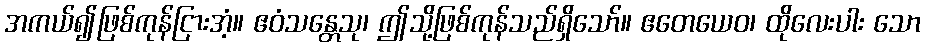
အကယ်၍ဖြစ်ကုန်ငြားအံ့။ ဧဝံသန္တေသု၊ ဤသို့ဖြစ်ကုန်သည်ရှိသော်။ ဧတေယေဝ၊ ထိုလေးပါး သော